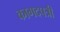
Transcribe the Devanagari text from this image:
कागदपत्री